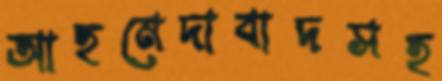
আহমেদাবাদসহ